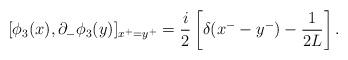
\begin{align*}[\phi_3(x), \partial_-\phi_3(y)]_{x^+=y^+}=\frac{i}{2}\left[\delta(x^--y^-)-\frac{1}{2L}\right].\end{align*}